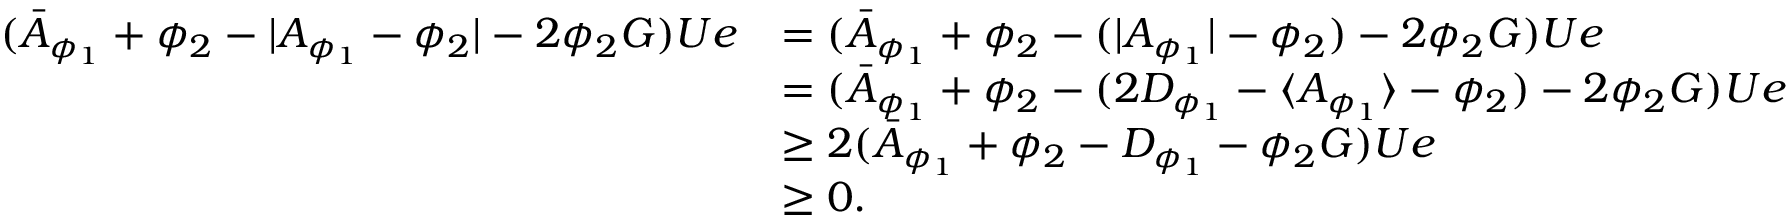
\begin{array} { r l } { ( \bar { A } _ { \phi _ { 1 } } + \phi _ { 2 } - \lvert A _ { \phi _ { 1 } } - \phi _ { 2 } \rvert - 2 \phi _ { 2 } G ) U e } & { = ( \bar { A } _ { \phi _ { 1 } } + \phi _ { 2 } - ( \lvert A _ { \phi _ { 1 } } \rvert - \phi _ { 2 } ) - 2 \phi _ { 2 } G ) U e } \\ & { = ( \bar { A } _ { \phi _ { 1 } } + \phi _ { 2 } - ( 2 D _ { \phi _ { 1 } } - \langle A _ { \phi _ { 1 } } \rangle - \phi _ { 2 } ) - 2 \phi _ { 2 } G ) U e } \\ & { \geq 2 ( \bar { A } _ { \phi _ { 1 } } + \phi _ { 2 } - D _ { \phi _ { 1 } } - \phi _ { 2 } G ) U e } \\ & { \geq 0 . } \end{array}